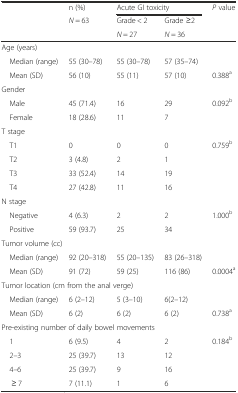
<table><thead><tr><td rowspan="3"></td><td><b>n (%)</b></td><td colspan="2"><b>Acute GI toxicity</b></td><td rowspan="3"><b><i>P</i> value</b></td></tr><tr><td rowspan="2"><b><i>N</i> = 63</b></td><td><b>Grade &lt; 2</b></td><td><b>Grade ≥2</b></td></tr><tr><td><b><i>N</i> = 27</b></td><td><b><i>N</i> = 36</b></td></tr></thead><tbody><tr><td colspan="5">Age (years)</td></tr><tr><td> Median (range)</td><td>55 (30–78)</td><td>55 (30–78)</td><td>57 (35–74)</td><td></td></tr><tr><td> Mean (SD)</td><td>56 (10)</td><td>55 (11)</td><td>57 (10)</td><td>0.388<sup>a</sup></td></tr><tr><td colspan="5">Gender</td></tr><tr><td> Male</td><td>45 (71.4)</td><td>16</td><td>29</td><td>0.092<sup>b</sup></td></tr><tr><td> Female</td><td>18 (28.6)</td><td>11</td><td>7</td><td></td></tr><tr><td colspan="5">T stage</td></tr><tr><td> T1</td><td>0</td><td>0</td><td>0</td><td>0.759<sup>b</sup></td></tr><tr><td> T2</td><td>3 (4.8)</td><td>2</td><td>1</td><td></td></tr><tr><td> T3</td><td>33 (52.4)</td><td>14</td><td>19</td><td></td></tr><tr><td> T4</td><td>27 (42.8)</td><td>11</td><td>16</td><td></td></tr><tr><td colspan="5">N stage</td></tr><tr><td> Negative</td><td>4 (6.3)</td><td>2</td><td>2</td><td>1.000<sup>b</sup></td></tr><tr><td> Positive</td><td>59 (93.7)</td><td>25</td><td>34</td><td></td></tr><tr><td colspan="5">Tumor volume (cc)</td></tr><tr><td> Median (range)</td><td>92 (20–318)</td><td>55 (20–135)</td><td>83 (26–318)</td><td></td></tr><tr><td> Mean (SD)</td><td>91 (72)</td><td>59 (25)</td><td>116 (86)</td><td>0.0004<sup>a</sup></td></tr><tr><td colspan="5">Tumor location (cm from the anal verge)</td></tr><tr><td> Median (range)</td><td>6 (2–12)</td><td>5 (3–10)</td><td>6(2–12)</td><td></td></tr><tr><td> Mean (SD)</td><td>6 (2)</td><td>6 (2)</td><td>6 (2)</td><td>0.738<sup>a</sup></td></tr><tr><td colspan="5">Pre-existing number of daily bowel movements</td></tr><tr><td> 1</td><td>6 (9.5)</td><td>4</td><td>2</td><td>0.184<sup>b</sup></td></tr><tr><td> 2–3</td><td>25 (39.7)</td><td>13</td><td>12</td><td></td></tr><tr><td> 4–6</td><td>25 (39.7)</td><td>9</td><td>16</td><td></td></tr><tr><td>≥ 7</td><td>7 (11.1)</td><td>1</td><td>6</td><td></td></tr></tbody></table>